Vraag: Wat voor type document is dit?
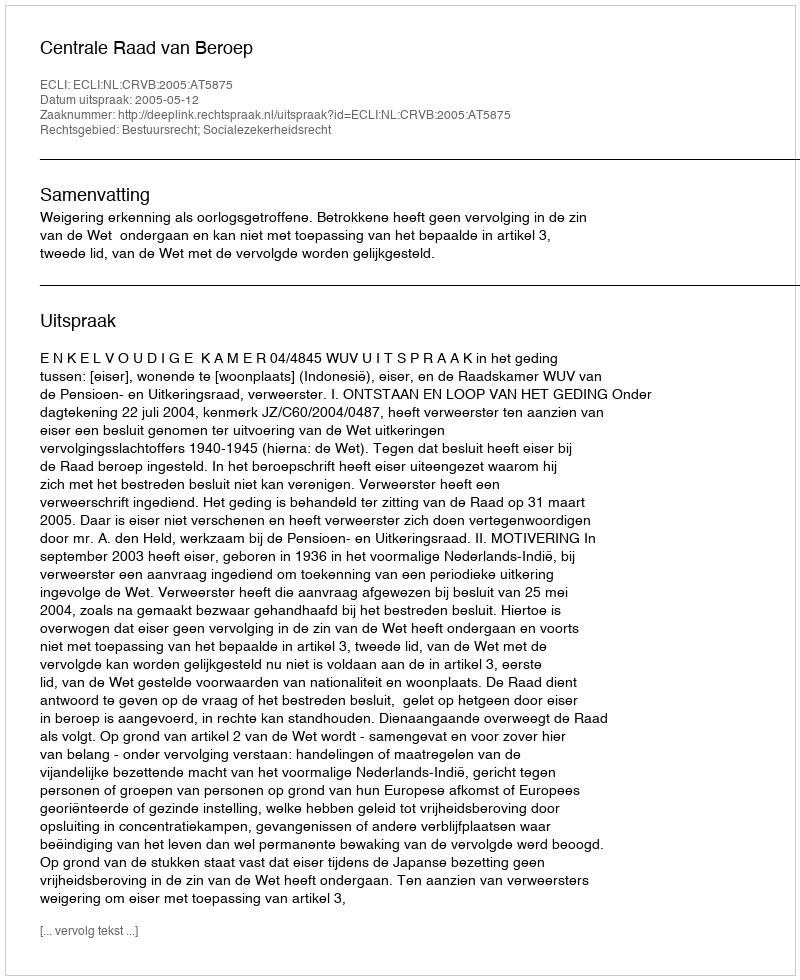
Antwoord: Uitspraak